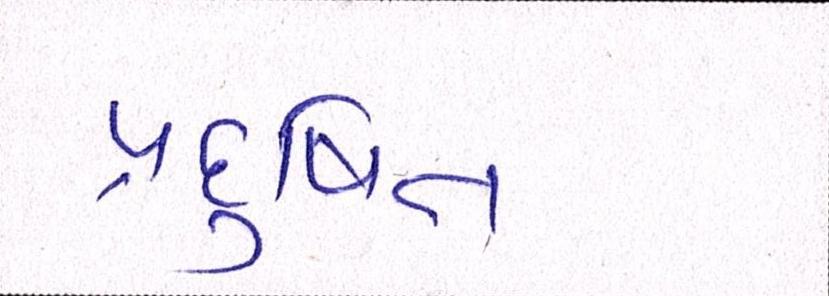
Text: પ્રદુષિત